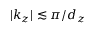
| k _ { z } | \lesssim \pi / d _ { z }